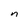
Character: n